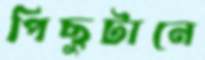
পিছুটানে